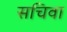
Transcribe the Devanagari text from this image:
सचिवा